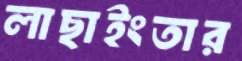
লাছাইংতার